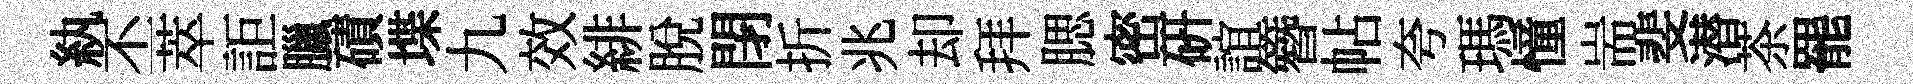
紈丕萃詎臘磧堞九效緋脱閉折兆却拜腮密硏誼簪帖夸瑪憧耑斐潜茶罷